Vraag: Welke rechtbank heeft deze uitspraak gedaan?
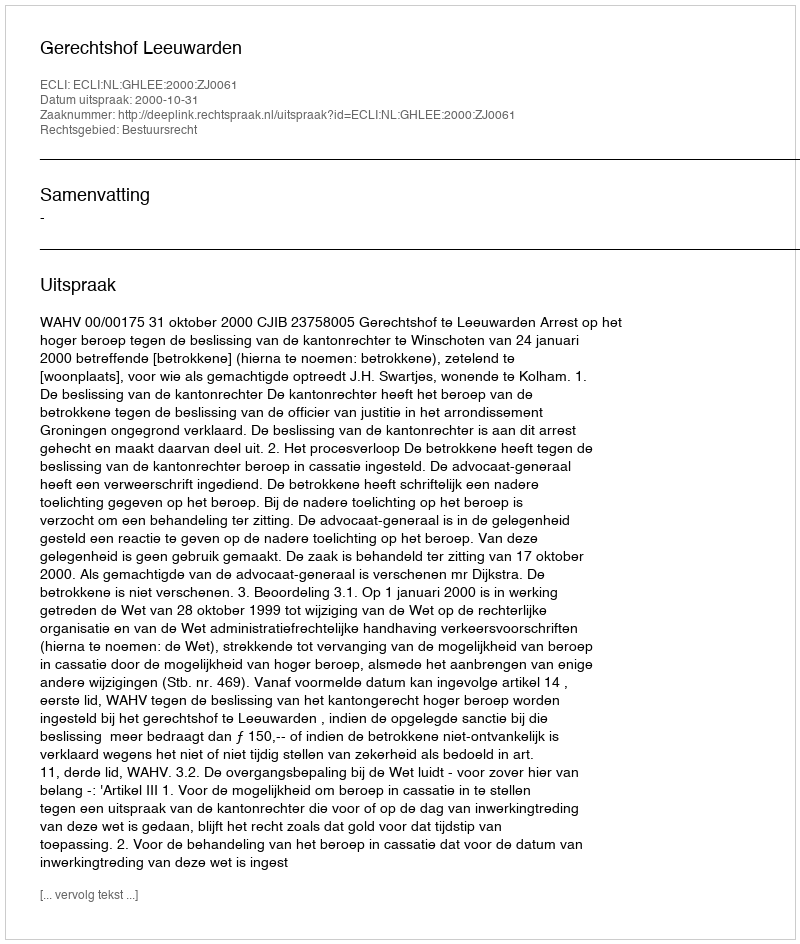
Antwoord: Gerechtshof Leeuwarden